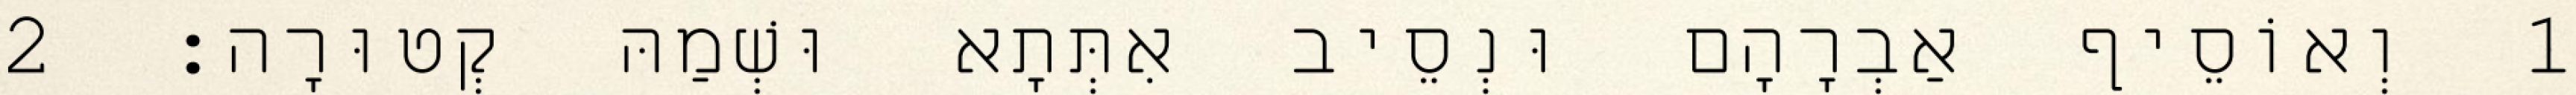
1 וְאוֹסֵיף אַבְרָהָם וּנְסֵיב אִתְּתָא וּשְׁמַהּ קְטוּרָה׃ 2